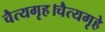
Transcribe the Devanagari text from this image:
चैत्यगृह।चैत्यगृहे